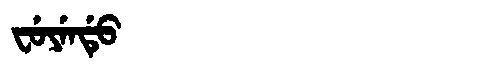
Manchu: ᠸᡠᠶᡝᠨᡩᡠ
Romanization: FUYENDU